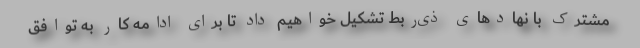
مشترک با نهادهای ذی‌ربط تشکیل خواهیم داد تا برای ادامه کار به توافق